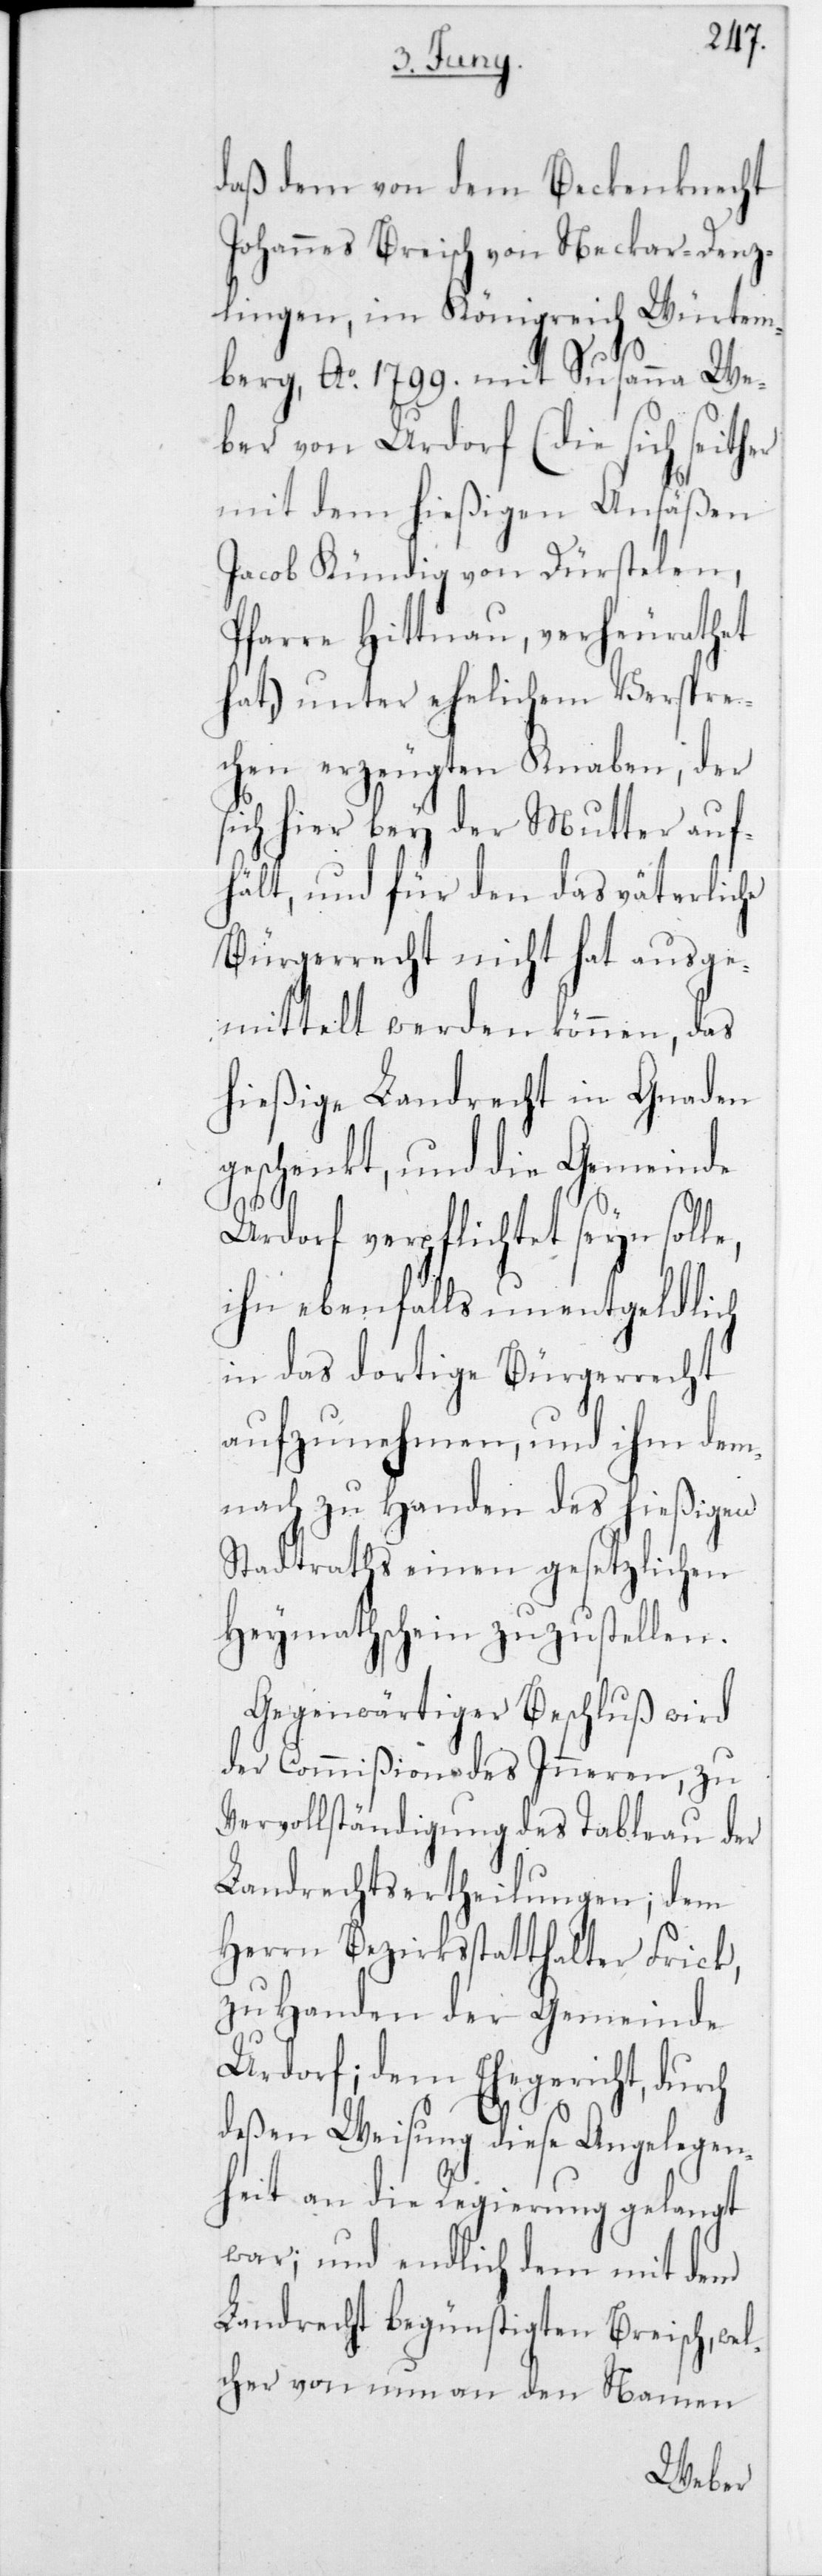
daß dem von dem Beckenknecht
Johannes Breisch von Neckar-Denz¬
lingen, im Königreich Würtem¬
berg, Ao 1799 mit Susanna We¬
ber von Urdorf (die sich seither
mit dem hießigen Ansäßen
Jacob Kündig von Dürstelen,
Pfarre Hittnau, verheurathet
hat,) unter ehelichem Verspre¬
chen erzeugten Knaben, der
sich hier bey der Mutter auf¬
hält, und für den das väterliche
Bürgerrecht nicht hat ausge¬
mittelt werden können, das
hießige Landrecht in Gnaden
geschenkt, und die Gemeinde
Urdorf verpflichtet seyn solle,
ihn ebenfalls unentgeldlich
in das dortige Bürgerrecht
aufzunehmen, und ihm de¬
mnach zu Handen des hießigen
Stadtraths einen gesetzlichen
Heymathschein zuzustellen.
Gegenwärtiger Beschluß wird
der Commißion des Inneren, zu
Vervollständigung des Tableau der
Landrechtsertheilungen; dem
Herrn Bezirksstatthalter Frick,
zu Handen der Gemeinde
Urdorf; dem Ehegericht, durch
deßen Weisung diese Angelegen¬
heit an die Regierung gelangt
war; und endlich dem mit dem
Landrecht begünstigten Breisch, wel¬
cher von nun an den Namen